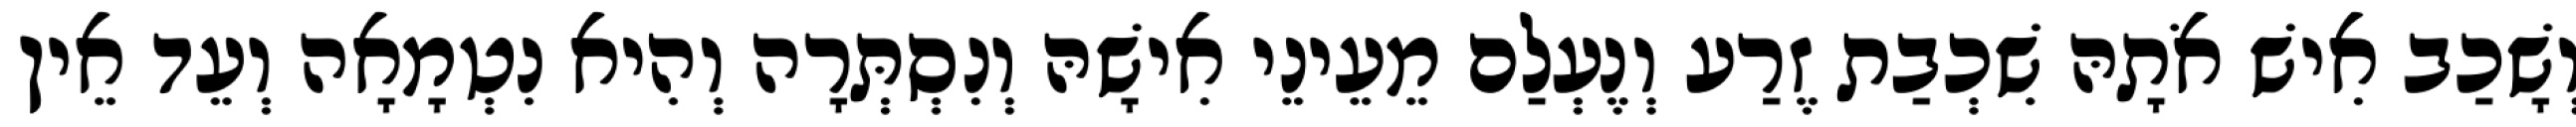
וְשָׁכַב אִישׁ אֹתָהּ שִׁכְבַת זֶרַע וְנֶעְלַם מֵעֵינֵי אִישָׁהּ וְנִסְתְּרָה וְהִיא נִטְמָאָה וְעֵד אֵין